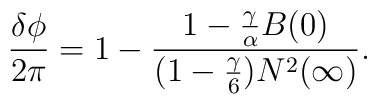
\frac{\delta\phi}{2\pi} =1-\frac{1-\frac{\gamma}{\alpha} B(0)}{(1-{\gamma\over 6})N^2(\infty)} .